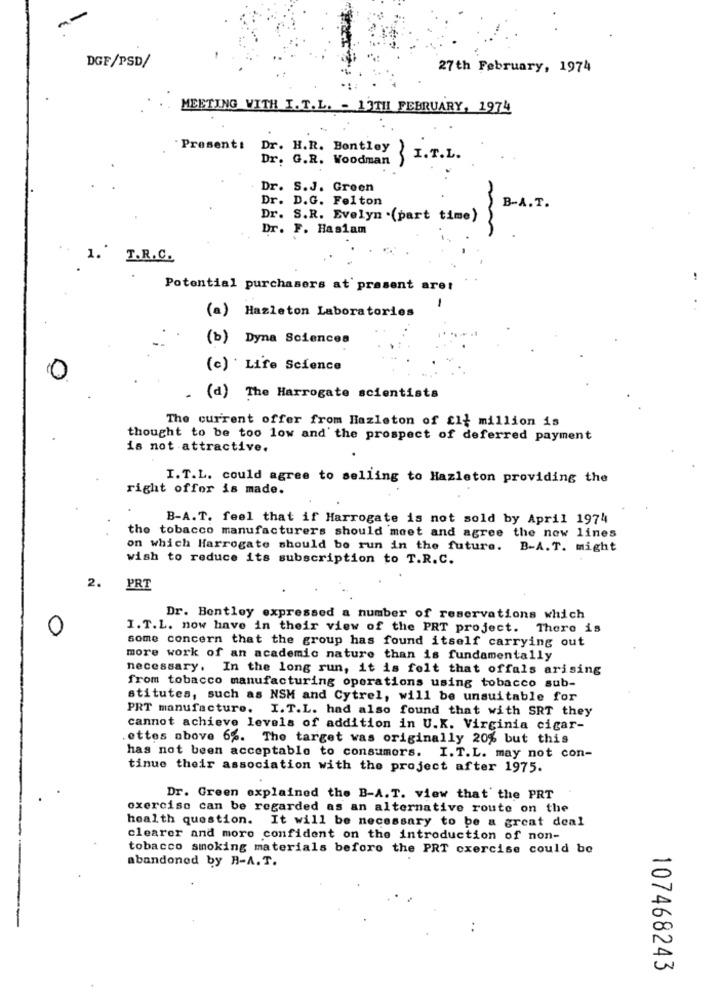
DGF/PSD/
27th February, 1974
MEETING WITH I. T.L. - 13TH FEBRUARY, 1974
Present:
Dr. H.R. Bentley I.T.L.
Dr. G.R. Woodman
Dr. S.J. Green
Dr. D.G. Felton
B-A.T.
Dr. S.R. Evelyn .(part time)
Dr. F. Haslam
1. T.R.C.
Potential purchasers at present aret
(a) Hazleton Laboratories
(b) Dyna Sciences
(c) ' Life Science
0
. (d) The Harrogate scientists
The current offer from Hazleton of cl+ million is
thought to be too low and the prospect of deferred payment
is not attractive.
I. T.L. could agree to selling to Hazleton providing the
right offor is made.
B-A.T. feel that if Harrogate is not sold by April 1974
the tobacco manufacturers should moet and agree the new lines
on which Harrogate should be run in the future. B-A.T. might
wish to reduce its subscription to T.R.C.
2.
PRT
Dr. Bentley expressed a number of reservations which
0
I.T.L. now have in their view of the PRT project. There is
some concern that the group has found itself carrying out
more work of an academic nature than is fundamentally
necessary. In the long run, it is felt that offals arising
from tobacco manufacturing operations using tobacco sub-
stitutes, such as NSM and Cytrel, will be unsuitable for
PRT manufacture. I.T.L. had also found that with SRT they
cannot achieve levels of addition in U.K. Virginia cigar-
.ettes above 6%. The target was originally 20% but this
has not been acceptable to consumers. I.T.L. may not con-
tinue their association with the project after 1975.
Dr. Green explained the B-A.T. view that' the PRT
exercise can be regarded as an alternative route on the
health question. It will be necessary to be a great deal
clearer and more confident on the introduction of non-
tobacco smoking materials before the PRT cxercise could be
abandoned by B-A.T.
107468243